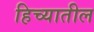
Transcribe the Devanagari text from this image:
हिच्यातील